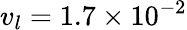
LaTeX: {v_{l}}=\mathrm{{}}1.7\times{10^{-2}}